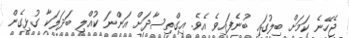
ޖެހޭނެ ކަމަށް ބިލުގައި ބުނެފައިވެ އެވެ. އިގްތިސާދަށް އަންނަ ކުއްލި ބަދަލަކާ ގުޅިގެން